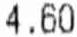
4.60